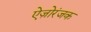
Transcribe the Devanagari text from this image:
ऐज़ोरंजक